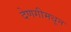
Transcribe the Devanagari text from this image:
देणगीमधून